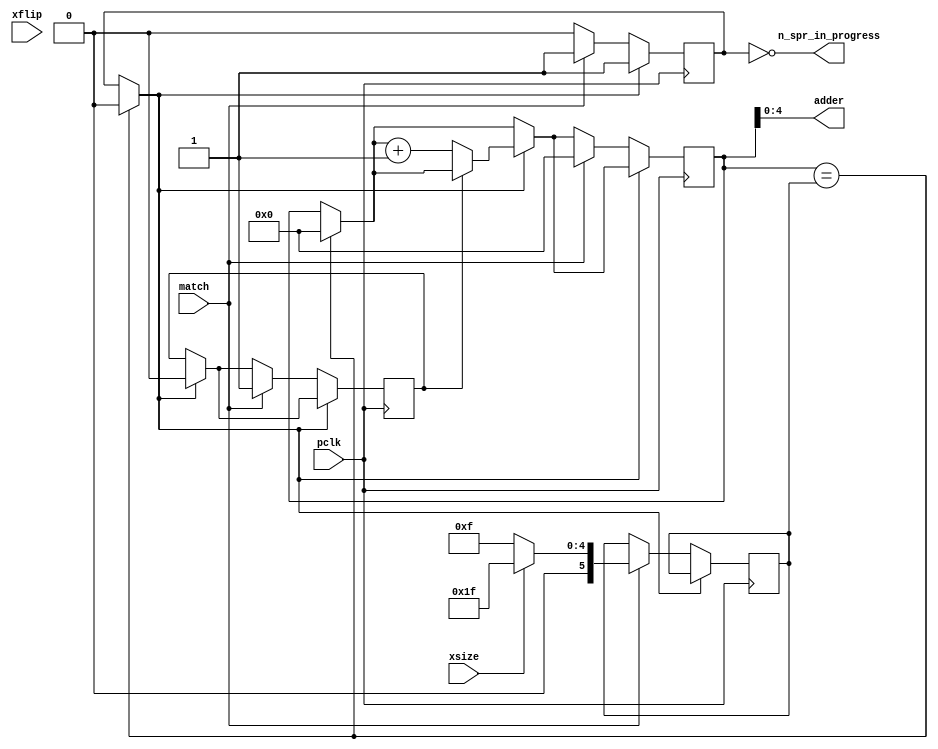
//=======================================================
// FPGA mappy sprite sub module
/* Copyright (c) 2022, madov
All rights reserved.

Redistribution and use in source and binary forms, with or without
modification, are permitted provided that the following conditions are met:

1. Redistributions of source code must retain the above copyright notice, this
   list of conditions and the following disclaimer.

2. Redistributions in binary form must reproduce the above copyright notice,
   this list of conditions and the following disclaimer in the documentation
   and/or other materials provided with the distribution.

3. Neither the name of the copyright holder nor the names of its
   contributors may be used to endorse or promote products derived from
   this software without specific prior written permission.

THIS SOFTWARE IS PROVIDED BY THE COPYRIGHT HOLDERS AND CONTRIBUTORS "AS IS"
AND ANY EXPRESS OR IMPLIED WARRANTIES, INCLUDING, BUT NOT LIMITED TO, THE
IMPLIED WARRANTIES OF MERCHANTABILITY AND FITNESS FOR A PARTICULAR PURPOSE ARE
DISCLAIMED. IN NO EVENT SHALL THE COPYRIGHT HOLDER OR CONTRIBUTORS BE LIABLE
FOR ANY DIRECT, INDIRECT, INCIDENTAL, SPECIAL, EXEMPLARY, OR CONSEQUENTIAL
DAMAGES (INCLUDING, BUT NOT LIMITED TO, PROCUREMENT OF SUBSTITUTE GOODS OR
SERVICES; LOSS OF USE, DATA, OR PROFITS; OR BUSINESS INTERRUPTION) HOWEVER
CAUSED AND ON ANY THEORY OF LIABILITY, WHETHER IN CONTRACT, STRICT LIABILITY,
OR TORT (INCLUDING NEGLIGENCE OR OTHERWISE) ARISING IN ANY WAY OUT OF THE USE
OF THIS SOFTWARE, EVEN IF ADVISED OF THE POSSIBILITY OF SUCH DAMAGE.

*/
//=======================================================

module spr_adder
(
		input  wire match,
		output  wire n_spr_in_progress ,
		input  wire xsize,
		input  wire xflip,
		input  wire pclk,
		output  wire [4:0]adder

);

reg [5:0]counter;
reg [5:0]xcount;
reg progress;
reg zeroflag;

always @(posedge pclk)

begin

	// match = 1 -> progress = 1
	// progress
	if ( counter == xcount )
						begin progress = 0;
                              counter = 0;
                        end
				
	if (progress == 1)
	begin
		if (~zeroflag) counter = counter + 1;
			else zeroflag = 0;
			
		
		
				
	end
	
	if (progress == 0)
	begin
		if (match) begin
						progress = 1;
						counter = 0;
						zeroflag = 1;
						if (xsize) xcount = 31; else xcount = 15;
		end
		
	end
		
			
end
	assign adder = counter;
	assign n_spr_in_progress = ~progress;




		
endmodule